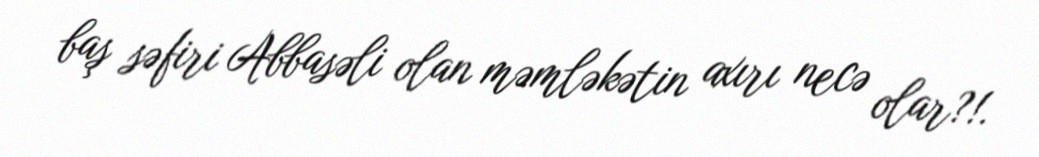
baş səfiri Abbasəli olan məmləkətin axırı necə olar?!.